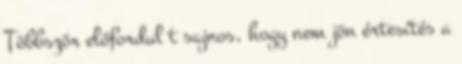
Többször előfordul t sajnos, hogy nem jön értesítés a